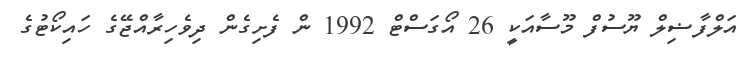
އަލްފާޟިލް ޔޫސުފް މޫސާއަކީ 26 އޯގަސްޓް 1992 ން ފެށިގެން ދިވެހިރާއްޖޭގެ ހައިކޯޓުގެ